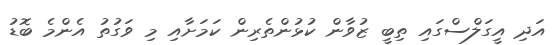
އަދި އީގަލްސްގައި ތިބީ ޒުވާން ކުޅުންތެރިން ކަމަށާއި މި ވަގުތު އެންމެ ބޮޑު